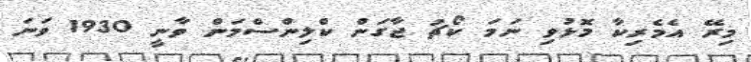
މިރޭ އެމެރިކާ މޮޅުވި ނަމަ ކޯޗު ޖާގަން ކްލިންސްމަން ވާނީ 1930 ވަނަ